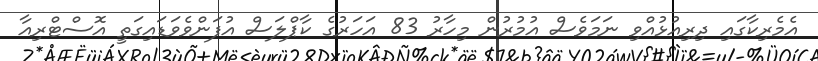
އެމެރިކާގައި ދިރިއުޅުއްވި ނަމަވެސް އުމުރުން މިހާރު 83 އަހަރުގެ ކާޕްލަސް އުފަންވެވަޑައިގަތީ އޮސްޓްރިއާ